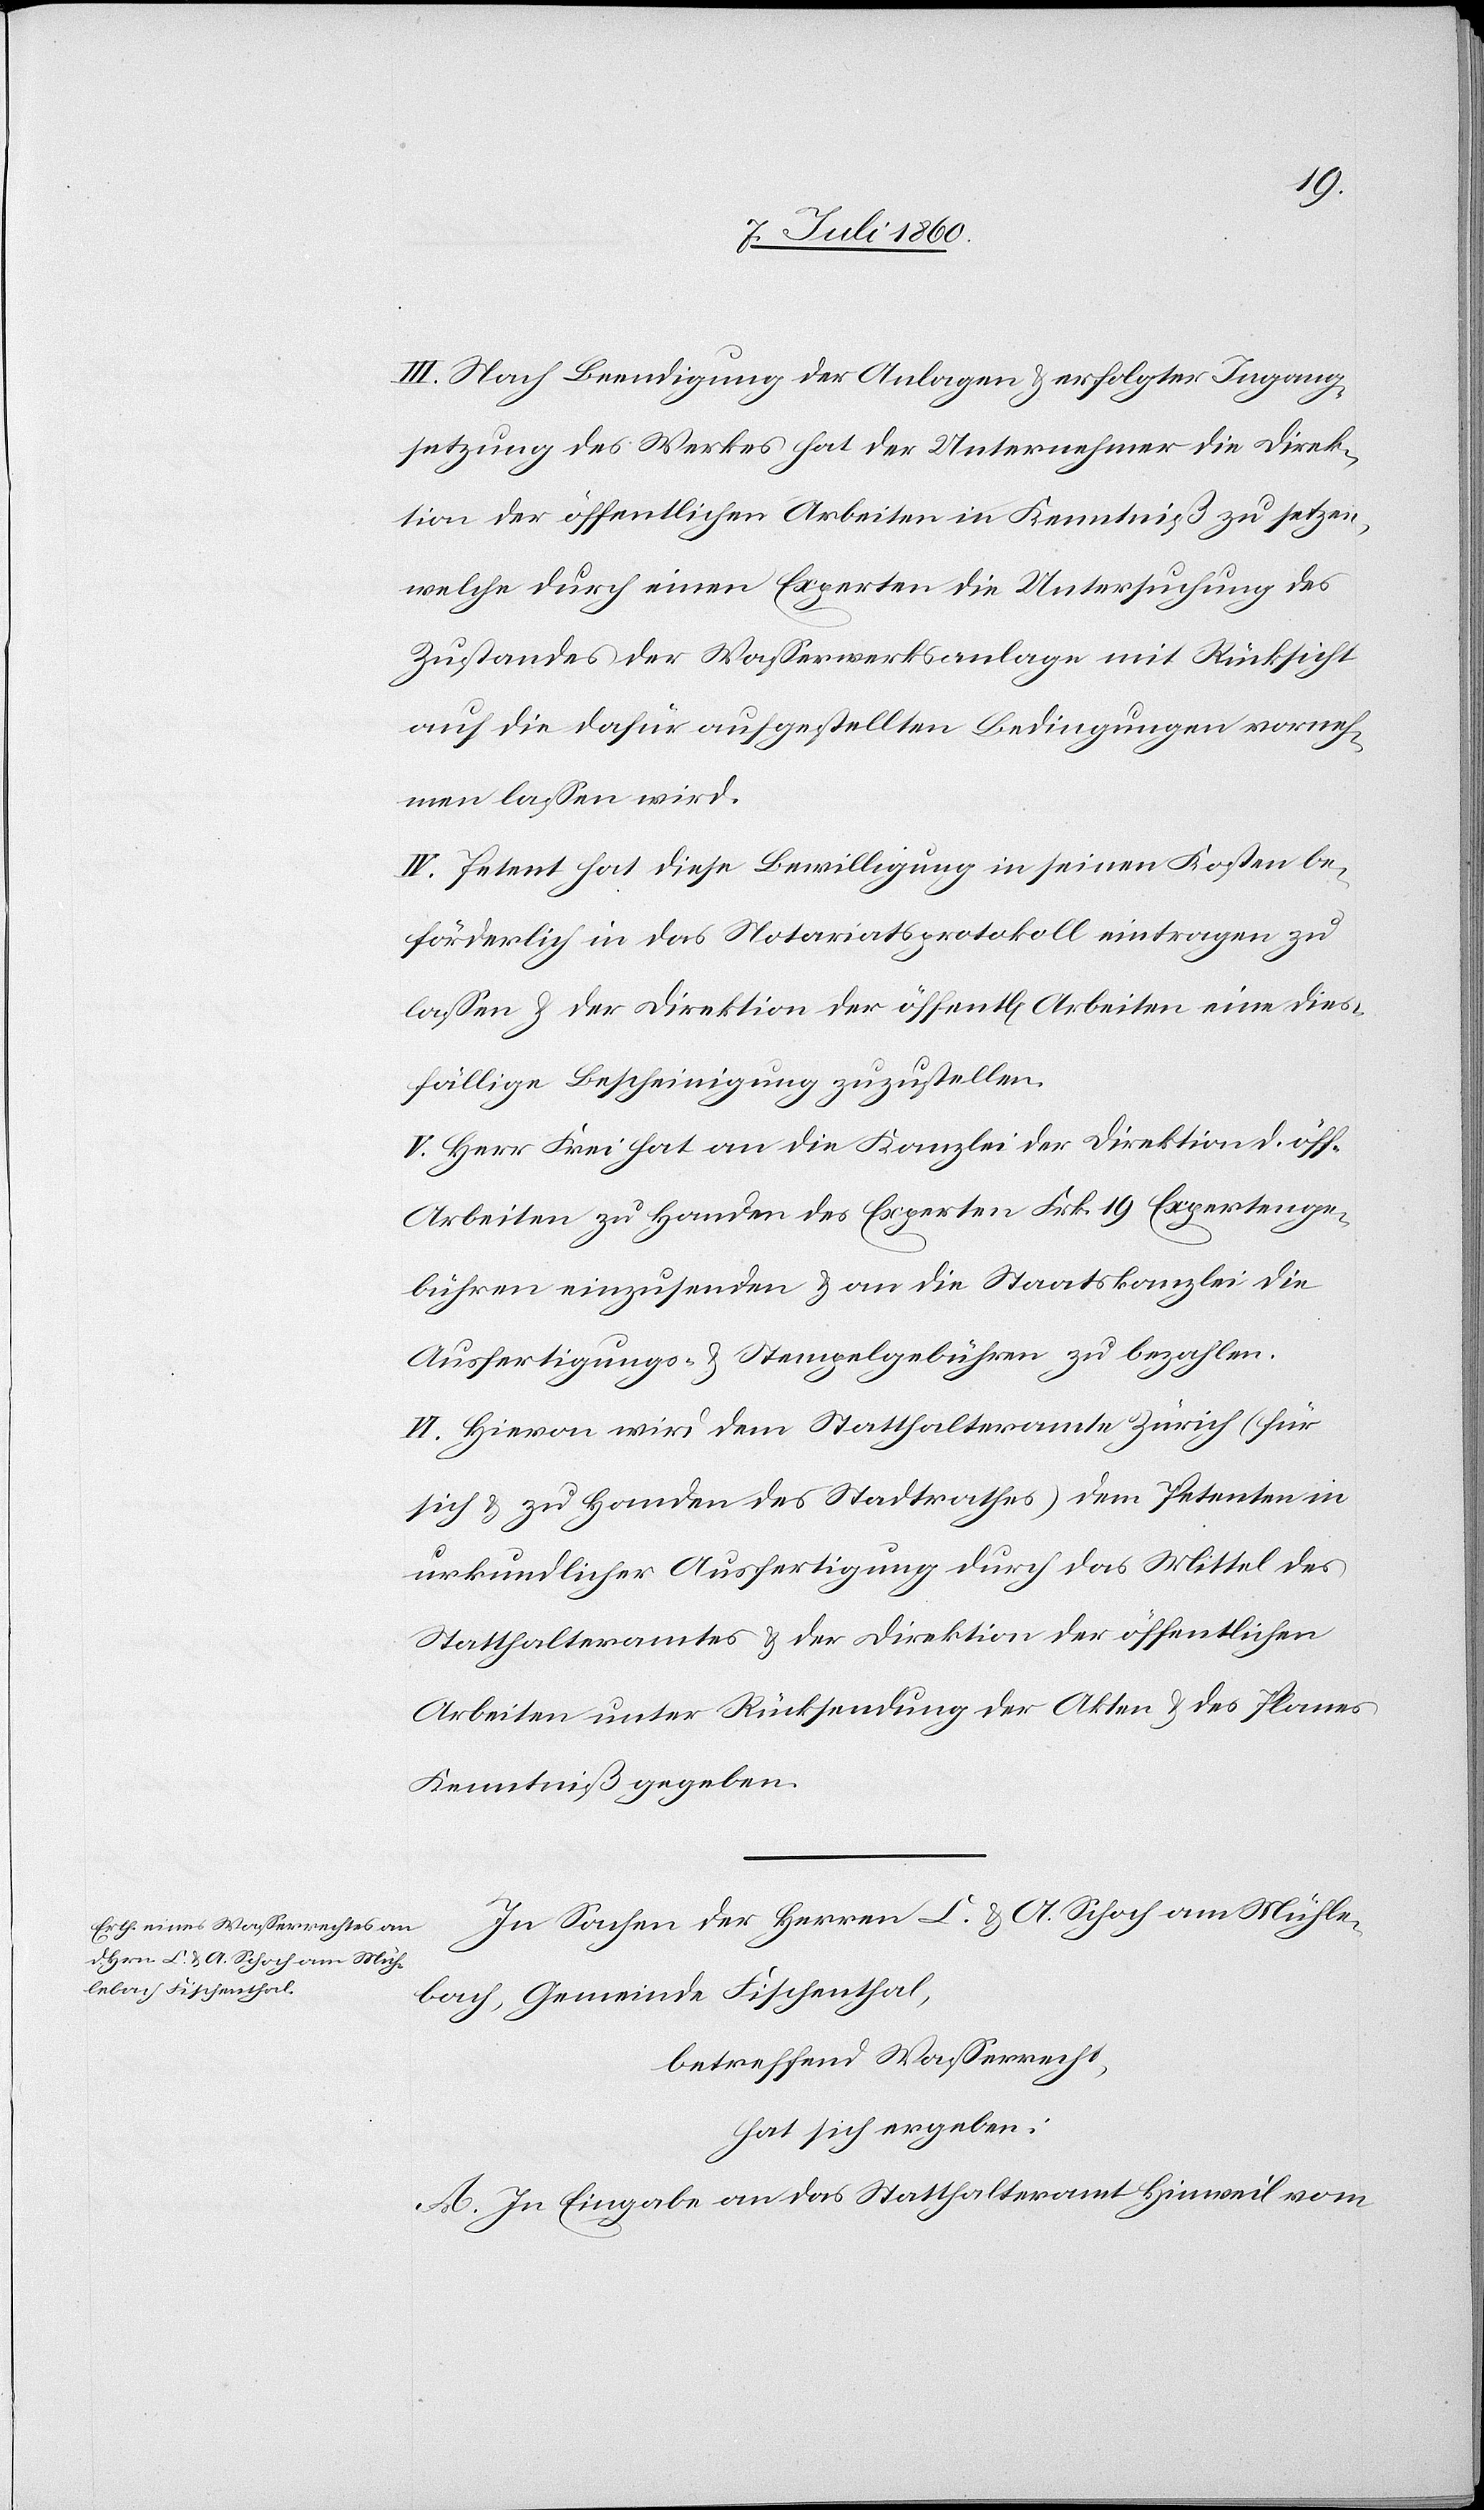
III. Nach Beendigung der Anlagen & erfolgter Ingang¬
setzung des Werkes hat der Unternehmer die Direk¬
tion der öffentlichen Arbeiten in Kenntniß zu setzen,
welche durch einen Experten die Untersuchung des
Zustandes der Wasserwerksanlage mit Rücksicht
auf die dafür aufgestellten Bedingungen vorneh¬
men lassen wird.
IV. Petent hat diese Bewilligung in seinen Kosten be¬
förderlich in das Notariatsprotokoll eintragen zu
lassen & der Direktion der öffentl[ichen] Arbeiten eine dies¬
fällige Bescheinigung zuzustellen.
V. Herr Frei hat an die Kanzlei der Direktion d. öff.
Arbeiten zu Handen des Experten Frk. 19 Expertenge¬
bühren einzusenden & an die Staatskanzlei die
Ausfertigungs- & Stempelgebühren zu bezahlen.
VI. Hievon wird dem Statthalteramte Zürich (für
sich & zu Handen des Stadtrathes) dem Petenten in
urkundlicher Ausfertigung durch das Mittel des
Statthalteramtes & der Direktion der öffentlichen
Arbeiten unter Rücksendung der Akten & des Planes
Kenntniß gegeben.
In Sachen der Herren C. & A. Schoch am Mühle¬
bach, Gemeinde Fischenthal,
betreffend Wasserrecht,
hat sich ergeben:
A. In Eingabe an das Statthalteramt Hinweil vom